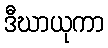
ဒီဃာယုကာ